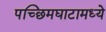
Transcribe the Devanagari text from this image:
पच्छिमघाटामध्ये